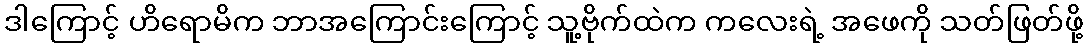
ဒါကြောင့် ဟိရောမိက ဘာအကြောင်းကြောင့် သူ့ဗိုက်ထဲက ကလေးရဲ့ အဖေကို သတ်ဖြတ်ဖို့